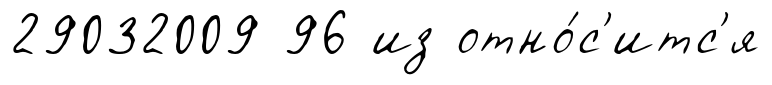
29032009 96 из отно́с'итс'я